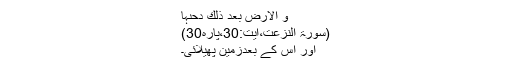
وَ الْاَرْضَ بَعْدَ ذٰلِكَ دَحٰىہَا
(سورۃ النزعت،آیت:30،پارہ30)
اور اس کے بعدزمین پھیلائی۔